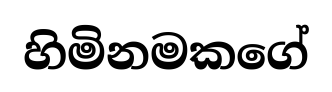
හිමිනමකගේ